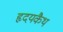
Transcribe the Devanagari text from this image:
हृदयकैथ